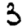
Digit: 3